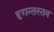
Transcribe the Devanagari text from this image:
दृगन्तस्तव